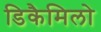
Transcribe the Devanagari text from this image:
डिकैमिलो